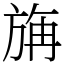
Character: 㫋